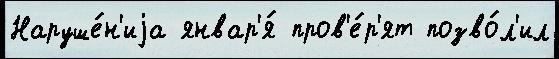
Наруше́н'иjа январ'я́ пров'е́р'ят позво́л'ил